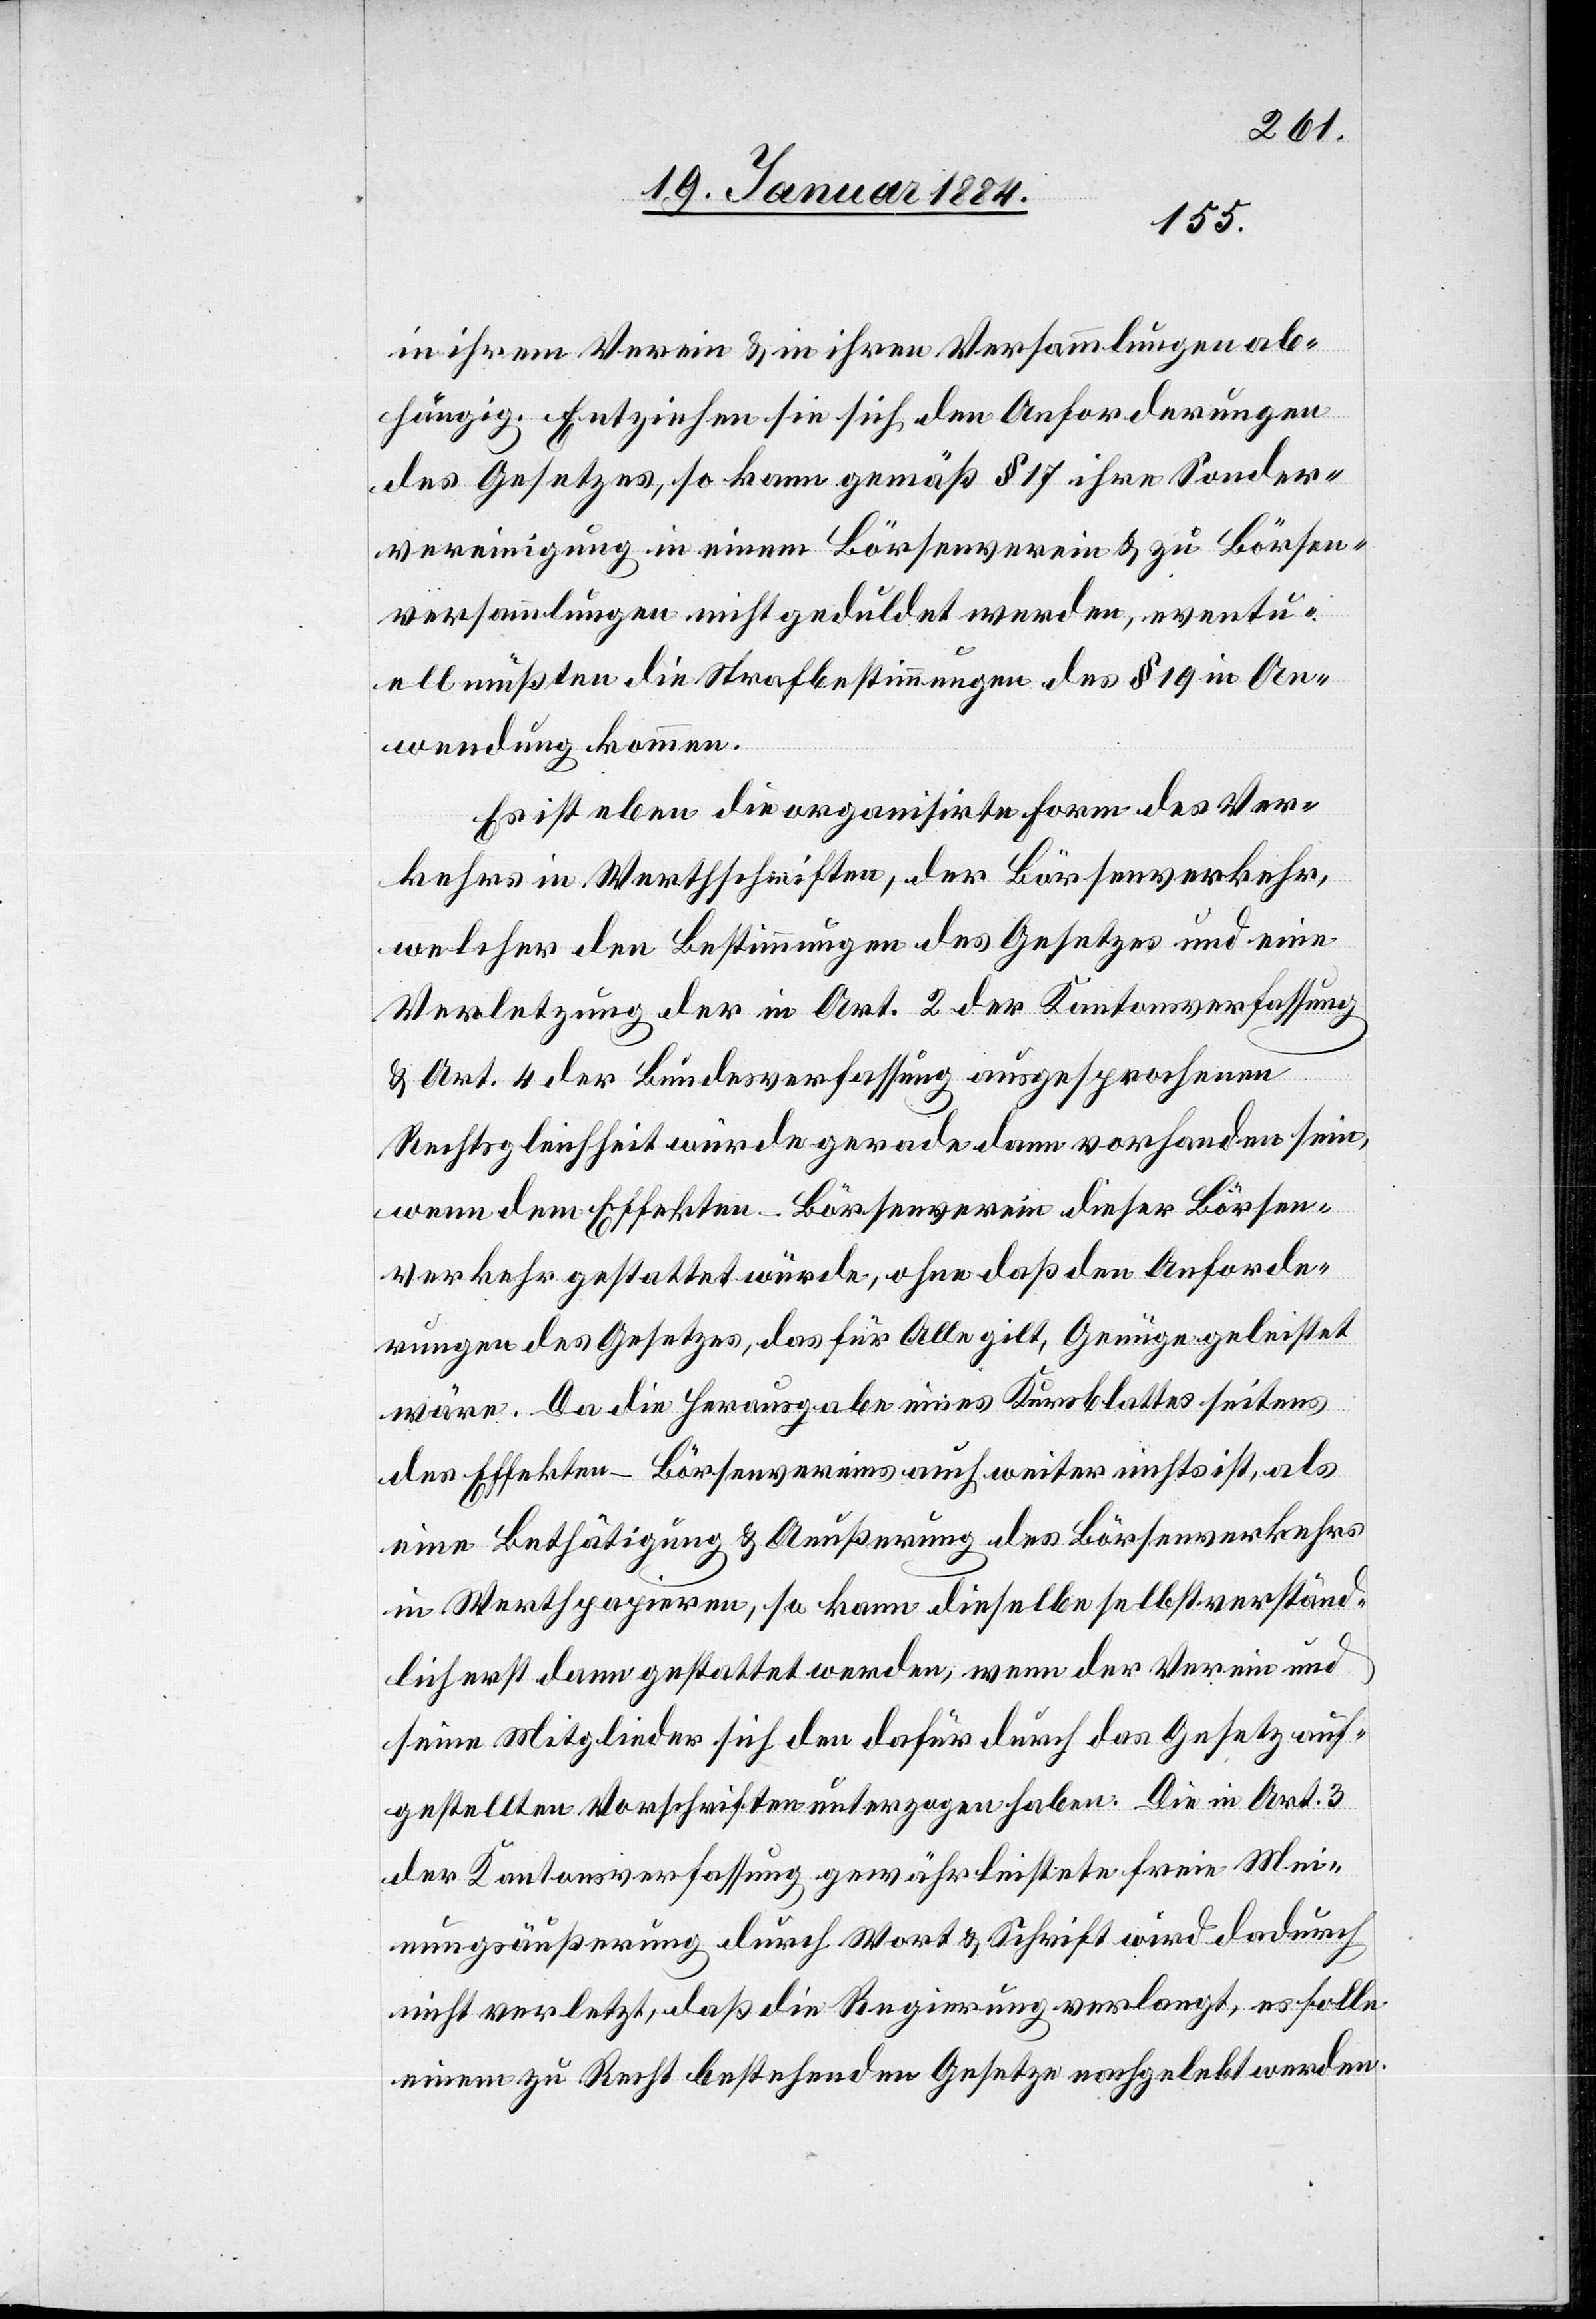
in ihrem Verein & in ihren Versammlungen ab¬
hängig. Entziehen sie sich den Anforderungen
des Gesetzes, so kann gemäß § 17 ihre Sonder¬
vereinigung in einem Börsenverein & zu Börsen¬
versammlungen nicht geduldet werden, eventu¬
ell müßten die Strafbestimmungen des § 19 in An¬
wendung kommen.
Es ist eben die organisierte Form des Ver¬
kehrs in Werthschriften, der Börsenverkehr,
welcher den Bestimmungen des Gesetzes und eine
Verletzung der in Art. 2 der Kantonsverfassung
& Art. 4 der Bundesverfassung ausgesprochenen
Rechtsgleichheit würde gerade dann vorhanden sein,
wenn dem Effekten-Börsenverein dieser Börsen¬
verkehr gestattet würde, ohne daß den Anforde¬
rungen des Gesetzes, das für Alle gilt, Genüge geleistet
wäre. Da die Herausgabe eines Kursblattes seitens
des Effekten-Börsenvereins auch weiter nichts ist, als
eine Bethätigung & Aeußerung des Börsenverkehrs
in Werthpapieren, so kann dieselbe selbstverständ¬
lich erst dann gestattet werden, wenn der Verein und
seine Mitglieder sich den dafür durch das Gesetz auf¬
gestellten Vorschriften unterzogen habe. Die in Art. 3
der Kantonsverfassung gewährleistete freie Mei¬
nungsäußerung durch Wort & Schrift wird dadurch
nicht verletzt, daß die Regierung verlangt, es solle
einem zu Recht bestehenden Gesetze nachgelebt werden.